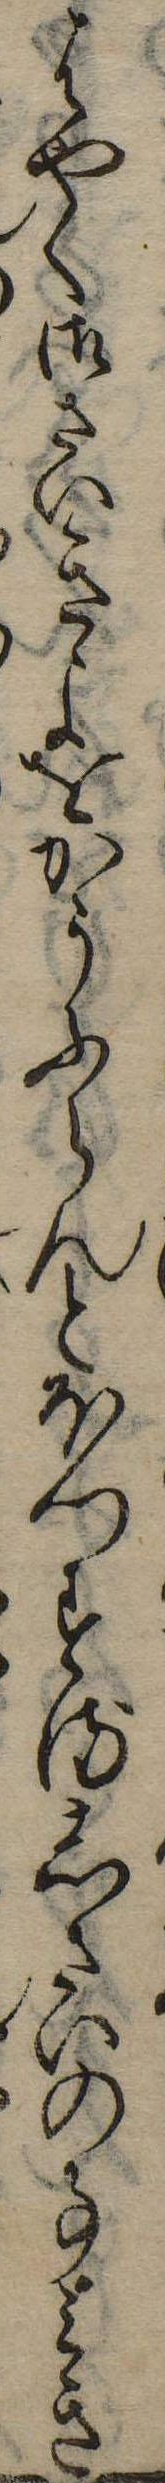
はやく御さいきよをかうふらんとほつするしたいの事き